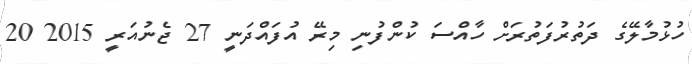
ހުޅުމާލޭގެ ދަތުރުފަތުރަށް ހާއްސަ ކުންފުނި މިރޭ އުފައްދަނީ 27 ޖެނުއަރީ 2015 20